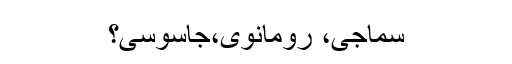
سماجی، رومانوی،جاسوسی؟